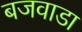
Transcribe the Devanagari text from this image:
बजवाडा